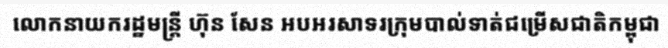
លោកនាយករដ្ឋមន្ត្រី ហ៊ុន សែន អបអរសាទរក្រុមបាល់ទាត់ជម្រើសជាតិកម្ពុជា